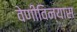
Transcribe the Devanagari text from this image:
वेणीविन्यास